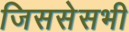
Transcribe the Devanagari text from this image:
जिससेसभी